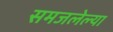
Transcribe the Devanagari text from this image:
समजलेल्या